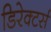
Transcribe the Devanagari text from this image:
डिरेक्टर्स